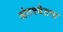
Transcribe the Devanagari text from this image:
अंतश्‍चेतना